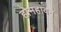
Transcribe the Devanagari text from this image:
होमहावन